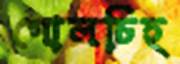
গোলচিহ্